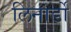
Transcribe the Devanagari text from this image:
लिनार्डो